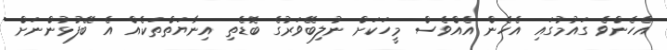
އެހެންވެ ގައުމުގައި އެހެން އެއްވެސް މީހަކަށް ނުލިބޭވަރުގެ ބޮޑެތި އިނާޔަތްތަކެއް އެ ބޭފުޅުންނަށް